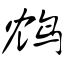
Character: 鸩